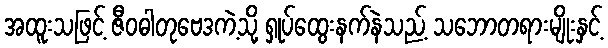
အထူးသဖြင့် ဇီဝဓါတုဗေဒကဲ့သို့ ရှုပ်ထွေးနက်နဲသည့် သဘောတရားမျိုးနှင့်